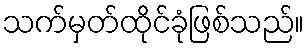
သက်မှတ်ထိုင်ခုံဖြစ်သည်။